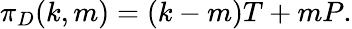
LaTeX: \pi_{D}(k,m)=(k-m)T+mP.